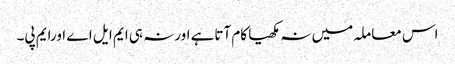
اس معاملہ میں نہ مکھیا کام آتاہے اورنہ ہی ایم ایل اے اورایم پی۔